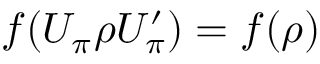
f ( U _ { \pi } \rho U _ { \pi } ^ { \prime } ) = f ( \rho )